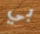
بي